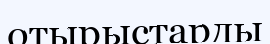
отырыстарды